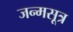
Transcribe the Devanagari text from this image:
जन्मसूत्र